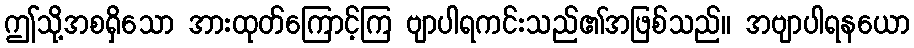
ဤသို့အစရှိသော အားထုတ်ကြောင့်ကြ ဗျာပါရကင်းသည်၏အဖြစ်သည်။ အဗျာပါရနယော